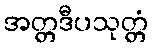
အတ္တဒီပသုတ္တံ